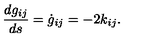
\frac { d g _ { i j } } { d s } = \dot { g } _ { i j } = - 2 { k } _ { i j } .